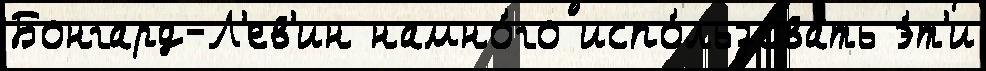
Бонгард-Л'ев'ин намно́го испо́льзовать э́т'и